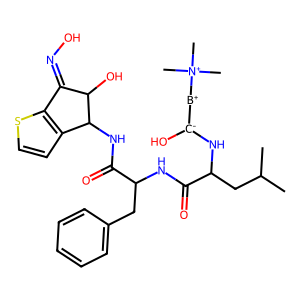
SMILES: CC(C)CC(N[C-](O)[B+][N+](C)(C)C)C(=O)NC(Cc1ccccc1)C(=O)NC1c2ccsc2C(=NO)C1O
Inhibits HIV replication: No